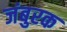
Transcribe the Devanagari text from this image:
जंबुरक